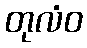
တုလံဝ